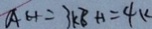
A H = 3 k B H = 4 k